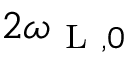
2 \omega _ { \mathrm { ~ L ~ } , 0 }